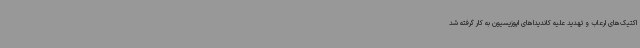
اکتیک‌های ارعاب و تهدید علیه کاندیداهای اپوزیسیون به کار گرفته شد